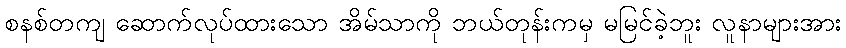
စနစ်တကျ ဆောက်လုပ်ထားသော အိမ်သာကို ဘယ်တုန်းကမှ မမြင်ခဲ့ဘူး လူနာများအား